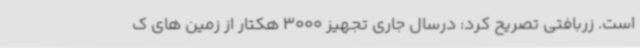
است. زربافتی تصریح کرد: درسال جاری تجهیز 3000 هکتار از زمین های ک